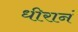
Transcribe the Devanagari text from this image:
धीरानं